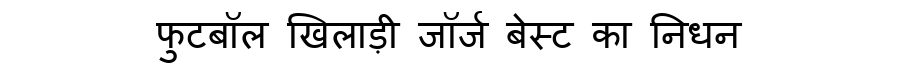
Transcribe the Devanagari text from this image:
फुटबॉल खिलाड़ी जॉर्ज बेस्ट का निधन